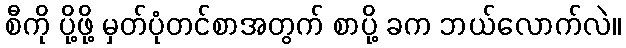
စီကို ပို့ဖို့ မှတ်ပုံတင်စာအတွက် စာပို့ ခက ဘယ်လောက်လဲ။